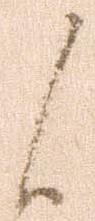
候